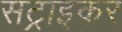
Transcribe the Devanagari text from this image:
सट्राइकर